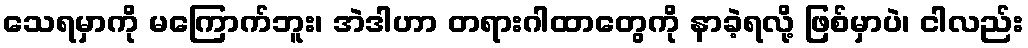
သေရမှာကို မကြောက်ဘူး၊ အဲဒါဟာ တရားဂါထာတွေကို နာခဲ့ရလို့ ဖြစ်မှာပဲ၊ ငါလည်း